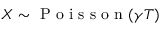
X \sim \mathrm { ~ P ~ o ~ i ~ s ~ s ~ o ~ n ~ } ( \gamma T )